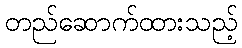
တည်ဆောက်ထားသည့်